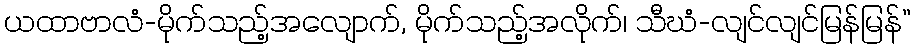
ယထာဗာလံ-မိုက်သည့်အလျောက်, မိုက်သည့်အလိုက်၊ သီဃံ-လျင်လျင်မြန်မြန်”